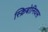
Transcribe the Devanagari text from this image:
स्क्रिबोनियस